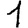
Digit: 1